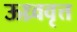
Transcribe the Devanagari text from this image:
ऊध्र्ववृत्त